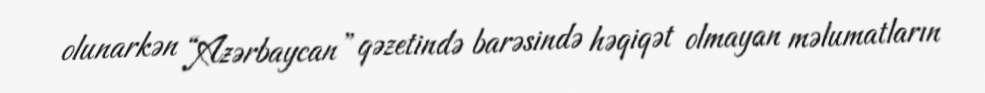
olunarkən “Azərbaycan” qəzetində barəsində həqiqət olmayan məlumatların